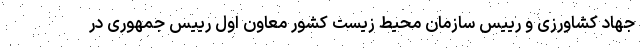
جهاد کشاورزی و رییس سازمان محیط زیست کشور معاون اول رییس جمهوری در